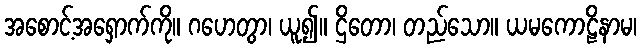
အစောင့်အရှောက်ကို။ ဂဟေတွာ၊ ယူ၍။ ဌိတော၊ တည်သော။ ယမကောဠိနာမ၊